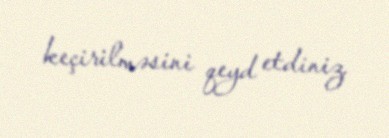
keçirilməsini qeyd etdiniz.